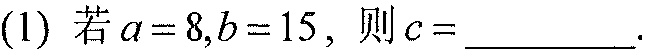
(1) 若\(a = 8,b = 15\)，则\(c=\_\_\_\_\_\).